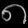
Digit: ၈